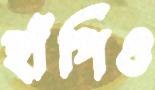
হাঁপিও